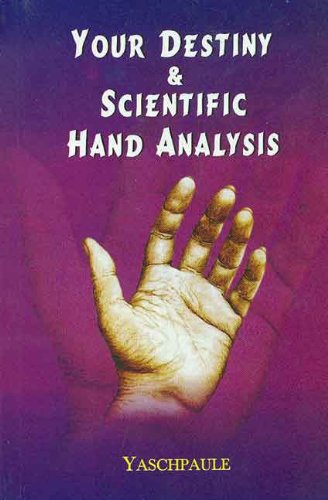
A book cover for Your Destiny and Scientific Hand Analysis; Yaschpaule; Self-Help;